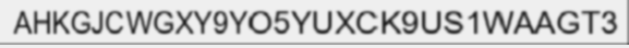
AHKGJCWGXY9YO5YUXCK9US1WAAGT3